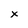
Character: x